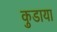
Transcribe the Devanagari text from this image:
कुडाया